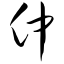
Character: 仲